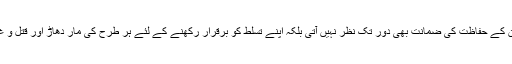
یورپی گلوبلائزیشن میں انسانی جان کے حفاظت کی ضمانت بھی دور تک نظر نہیں آتی بلکہ اپنے تسلط کو برقرار رکھنے کے لئے ہر طرح کی مار دھاڑ اور قتل و غارت گری کو روا سمجھا گیا ہے۔